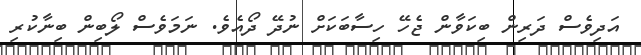
އަދިވެސް ދަރިން ބިކަވާން ޖެހޭ ހިސާބަކަށް ނުދޭ ދޯއެވެ. ނަމަވެސް ލޯބިން ބިނާކުރި